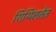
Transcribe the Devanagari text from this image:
शिथिलतेत